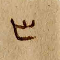
٣